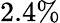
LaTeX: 2.4\%